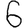
Digit: 6